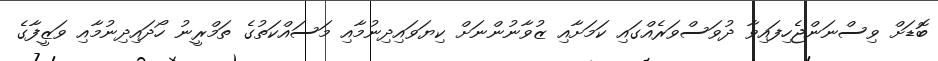
ބޮޑަށް ވިސްނަންޖެހިފައިވާ ދުވަސްވަރެއްގައި ކަމަށާއި ޒުވާނުންނަށް ކިޔަވައިދިނުމާއި މަސައްކަތުގެ ތަމްރީނު ހޯދައިދިނުމާއި ވަޒީފާގެ